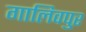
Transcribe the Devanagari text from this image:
गालिवपुर